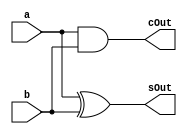
module halfAdder(
 a, b, sOut, cOut
);

input a, b;
output sOut, cOut;

assign sOut = a^b; // xor x0(S,a,b);
assign cOut = a&b;

endmodule